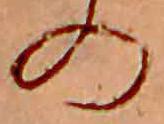
の